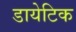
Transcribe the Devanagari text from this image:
डायेटिक